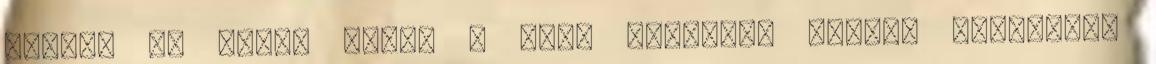
Tajpej és Tokió által a múlt hónapban kötött halászati